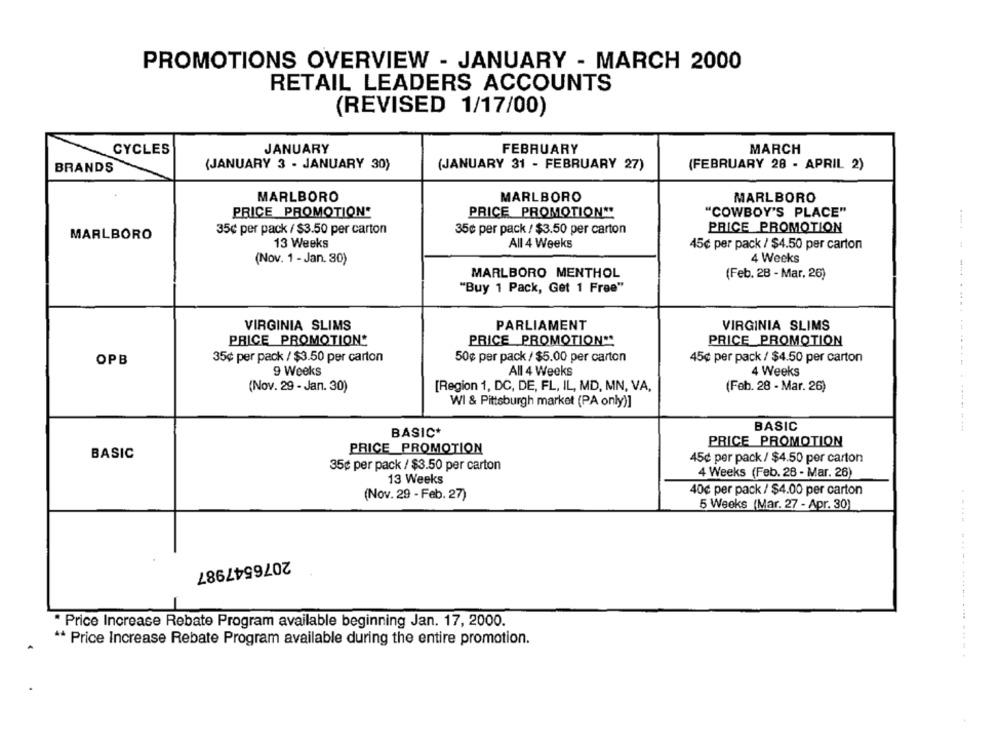
PROMOTIONS OVERVIEW - JANUARY - MARCH 2000
RETAIL LEADERS ACCOUNTS
(REVISED 1/17/00)
JANUARY
FEBRUARY
CYCLES
MARCH
BRANDS
(JANUARY 3 - JANUARY 30)
(JANUARY 31 - FEBRUARY 27)
(FEBRUARY 28 . APRIL 2)
MARLBORO
MARLBORO
MARLBORO
PRICE PROMOTION*
PRICE PROMOTION **
"COWBOY'S PLACE"
35¢ per pack / $3.50 per carton
35¢ per pack / $3.50 per carton
PRICE PROMOTION
MARLBORO
13 Weeks
All 4 Weeks
45¢ per pack / $4.50 per carton
4 Weeks
(Nov. 1 - Jan. 30)
MARLBORO MENTHOL
(Feb. 28 - Mar, 26)
"Buy 1 Pack, Get 1 Free"
VIRGINIA SLIMS
PARLIAMENT
VIRGINIA SLIMS
PRICE PROMOTION*
PRICE PROMOTION **
PRICE PROMOTION
OPB
35¢ per pack / $3.50 per carton
50¢ per pack / $5.00 per carton
45¢ per pack / $4.50 per carton
9 Weeks
All 4 Weeks
4 Weeks
(Nov. 29 - Jan. 30)
[Region 1, DC, DE, FL, IL, MD, MN, VA,
(Feb. 28 - Mar. 26)
WI & Pittsburgh market (PA only)]
BASIC
BASIC+
PRICE PROMOTION
PRICE_PROMOTION
BASIC
45¢ per pack / $4.50 per carton
35¢ per pack / $3.50 per carton
4 Weeks (Feb. 28 - Mar. 26)
13 Weeks
(Nov. 29 - Feb. 27)
40€ per pack / $4.00 per carton
5 Weeks (Mar. 27 - Apr. 30)
2076547987
* Price Increase Rebate Program available beginning Jan. 17, 2000.
** Price Increase Rebate Program available during the entire promotion.
.. ...... .... .....